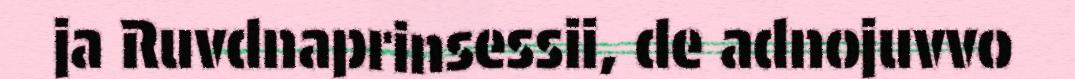
ja Ruvdnaprinsessii, de adnojuvvo